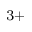
^ { 3 + }